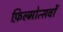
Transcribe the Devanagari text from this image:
फ़िल्मोत्सवों